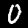
Digit: 0